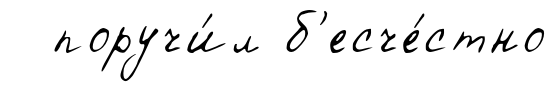
поручи́л б'есче́стно